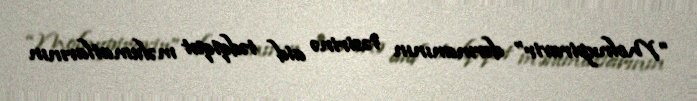
“Molnupiravir” dərmanının təsirinə aid tədqiqat məlumatlarının